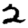
Digit: 2